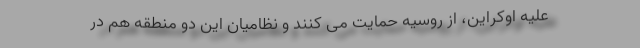
علیه اوکراین، از روسیه حمایت می کنند و نظامیان این دو منطقه هم در